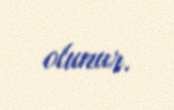
olunur.